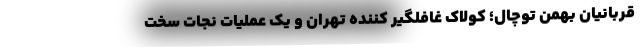
قربانیان بهمن توچال؛ کولاک غافلگیر کننده تهران و یک عملیات نجات سخت